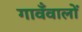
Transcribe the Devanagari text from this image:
गावँवालों